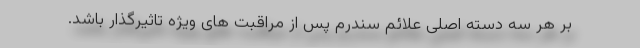
بر هر سه دسته اصلی علائم سندرم پس از مراقبت های ویژه تاثیرگذار باشد.